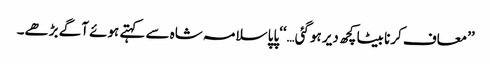
’’معاف کرنا بیٹا کچھ دیر ہوگئی…‘‘پاپا سلامہ شاہ سے کہتے ہوئے آگے بڑھے۔